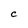
Character: c